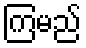
ကြမည်